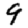
Digit: 9